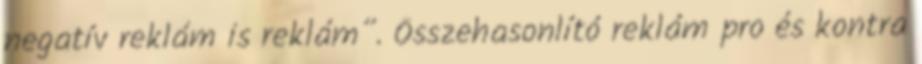
negatív reklám is reklám”. Összehasonlító reklám pro és kontra